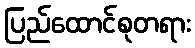
ပြည်ထောင်စုတရား